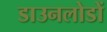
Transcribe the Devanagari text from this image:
डाउनलोडों